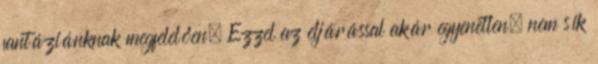
fantáziánknak megfelelően. Ezzel az eljárással akár egyenetlen, nem sík